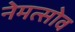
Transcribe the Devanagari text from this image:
नेमत्सोव